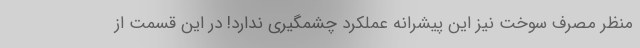
منظر مصرف سوخت نیز این پیشرانه عملکرد چشمگیری ندارد! در این قسمت از